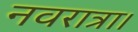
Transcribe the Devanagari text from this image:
नवरात्रा।